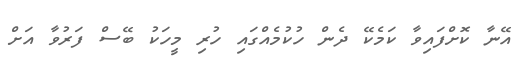
އޭނާ ކޮށްފައިވާ ކަމެކޭ ދެން ހުކުމެއްގައި ހުރި މީހަކު ބޭސް ފަރުވާ އަށް